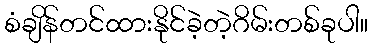
စံချိန်တင်ထားနိုင်ခဲ့တဲ့ဂိမ်းတစ်ခုပါ။